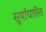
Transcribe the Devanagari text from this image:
सूर्याधारित